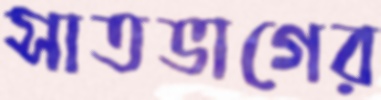
সাতভাগের